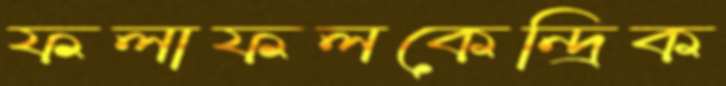
ফলাফলকেন্দ্রিক